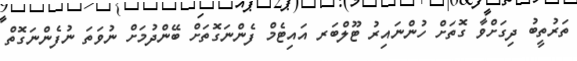
ތަރުތީބު ދިގަށްވާ ގޮތަށް ހުންނައިރު ޓޫލްބަރ އައިޓެމް ފެންނަގޮތަށް ބޭންދުމަށް ނުވަތަ ނުފެންނަގޮތް